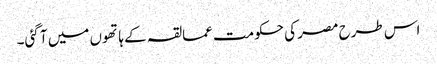
اس طرح مصر کی حکومت عمالقہ کے ہاتھوں میں آ گئی۔